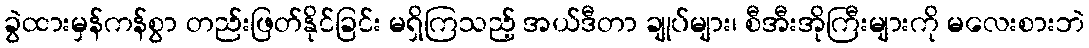
ခွဲထားမှန်ကန်စွာ တည်းဖြတ်နိုင်ခြင်း မရှိကြသည့် အယ်ဒီတာ ချုပ်များ၊ စီအီးအိုကြီးများကို မလေးစားဘဲ